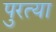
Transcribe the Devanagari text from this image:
पुरत्या